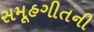
સમૂહગીતની